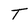
Character: T